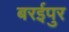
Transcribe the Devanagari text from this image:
बरईपुर